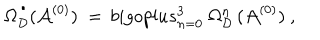
\Omega _ { { \mathcal D } } ^ { \, ^ { \bullet } } ( { \mathcal A } ^ { ( 0 ) } ) \ = \, b i g o p l u s _ { n = 0 } ^ { 3 } \ \Omega _ { { \mathcal D } } ^ { n } \, ( { \mathcal A } ^ { ( 0 ) } ) \ ,